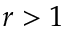
r > 1